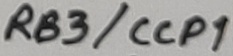
Text: RB3/CCP1